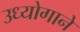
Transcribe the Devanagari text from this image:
उध्योगाने